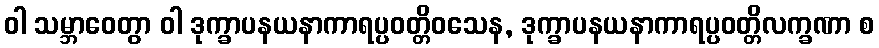
ဝါ သမ္ဘာဝေတွာ ဝါ ဒုက္ခာပနယနာကာရပ္ပဝတ္တိဝသေန, ဒုက္ခာပနယနာကာရပ္ပဝတ္တိလက္ခဏာ စ